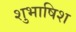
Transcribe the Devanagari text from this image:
शुभाषिश